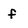
Character: f